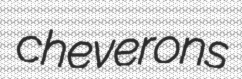
cheverons